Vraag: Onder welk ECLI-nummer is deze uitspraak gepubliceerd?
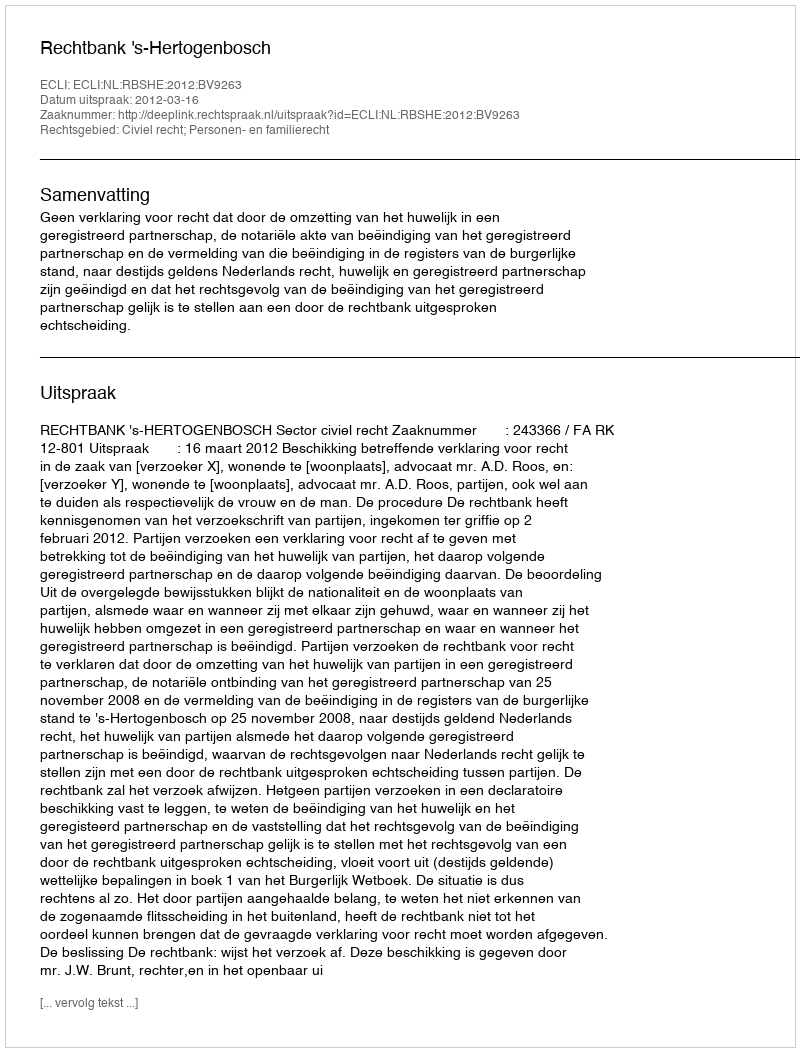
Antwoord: ECLI:NL:RBSHE:2012:BV9263